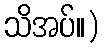
သိအပ်။)